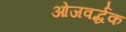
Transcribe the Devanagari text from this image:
ओजवर्द्धक